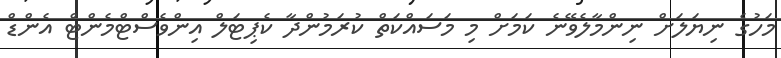
މަހުގެ ނިޔަލަށް ނިންމާލެވޭނެ ކަމަށް މި މަސައްކަތް ކުރަމުންދާ ކެޕިޓަލް އިންވެސްޓްމެންޓް އެންޑް